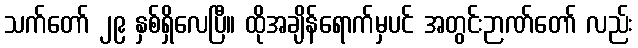
သက်တော် ၂၉ နှစ်ရှိလေပြီ။ ထိုအချိန်ရောက်မှပင် အတွင်းဉာဏ်တော် လည်း